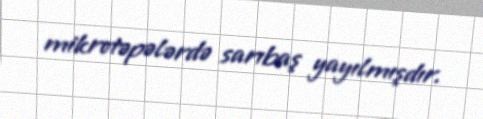
mikrotəpələrdə sarıbaş yayılmışdır.